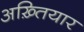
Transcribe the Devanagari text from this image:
अख़्तियार